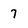
Character: 7